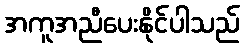
အကူအညီပေးနိုင်ပါသည်